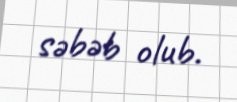
səbəb olub.